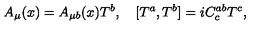
A _ { \mu } ( x ) = A _ { \mu b } ( x ) T ^ { b } , \quad [ T ^ { a } , T ^ { b } ] = i C _ { c } ^ { a b } T ^ { c } ,